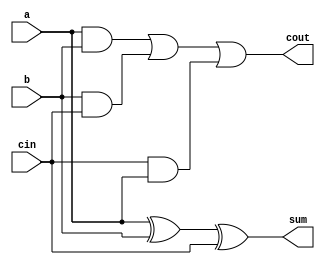
module full_adder(
    input a, 
    input b, 
    input cin, 
    output sum, 
    output cout
);

    // Intermediate wires
    wire ab, bc, ca, ab_xor_cin;

    // XOR gates for sum
    xor (ab_xor_cin, a, b);    // XOR gate for a ^ b
    xor (sum, ab_xor_cin, cin); // XOR gate for (a ^ b) ^ cin

    // AND gates for carry
    and (ab, a, b);            // AND gate for a & b
    and (bc, b, cin);          // AND gate for b & cin
    and (ca, cin, a);          // AND gate for cin & a

    // OR gate for carry out
    or (cout, ab, bc, ca);     // OR gate for (a & b) | (b & cin) | (cin & a)

endmodule